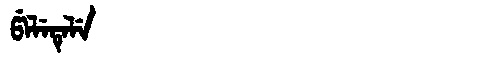
Manchu: ᡦᡝᠯᡝᡨᡝᠯᡝ
Romanization: PELETELE